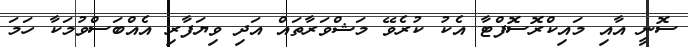
ސޮނީ އާއި މައިކްރޮސޮފްޓާ އެކު ކުރެވޭ މަޝްވަރާތައް އަދި ވިޔަފާރި އެއްބަސްވުމަކާ ހަމަ